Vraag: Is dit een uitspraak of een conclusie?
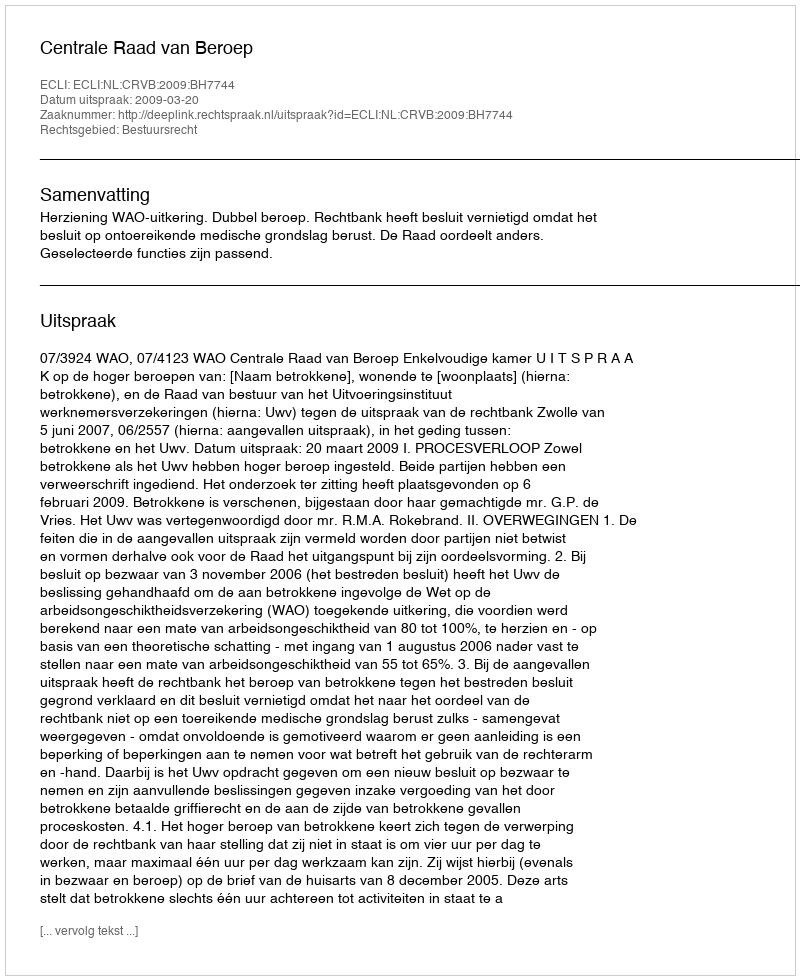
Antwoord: Uitspraak